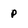
Character: p